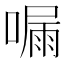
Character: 𠼇